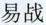
易战